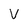
Character: V